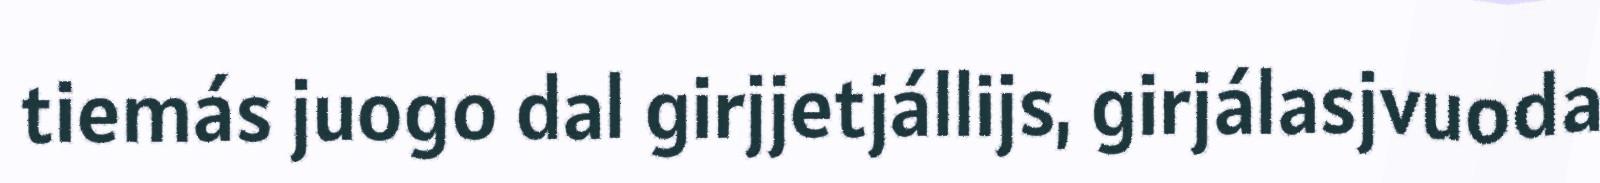
tiemás juogo dal girjjetjállijs, girjálasjvuoda